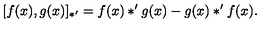
[ f ( x ) , g ( x ) ] _ { \ast ^ { \prime } } = f ( x ) * ^ { \prime } g ( x ) - g ( x ) * ^ { \prime } f ( x ) .